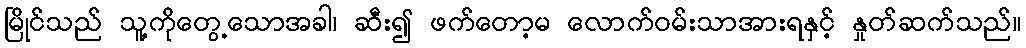
မြိုင်သည် သူ့ကိုတွေ့သောအခါ၊ ဆီး၍ ဖက်တော့မ လောက်ဝမ်းသာအားရနှင့် နှုတ်ဆက်သည်။